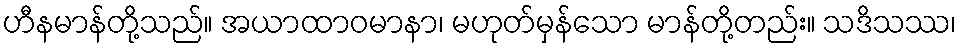
ဟီနမာန်တို့သည်။ အယာထာဝမာနာ၊ မဟုတ်မှန်သော မာန်တို့တည်း။ သဒိသဿ၊